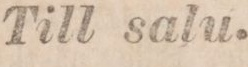
Till salu.